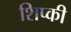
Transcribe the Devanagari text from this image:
शिप्की